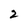
Character: 2